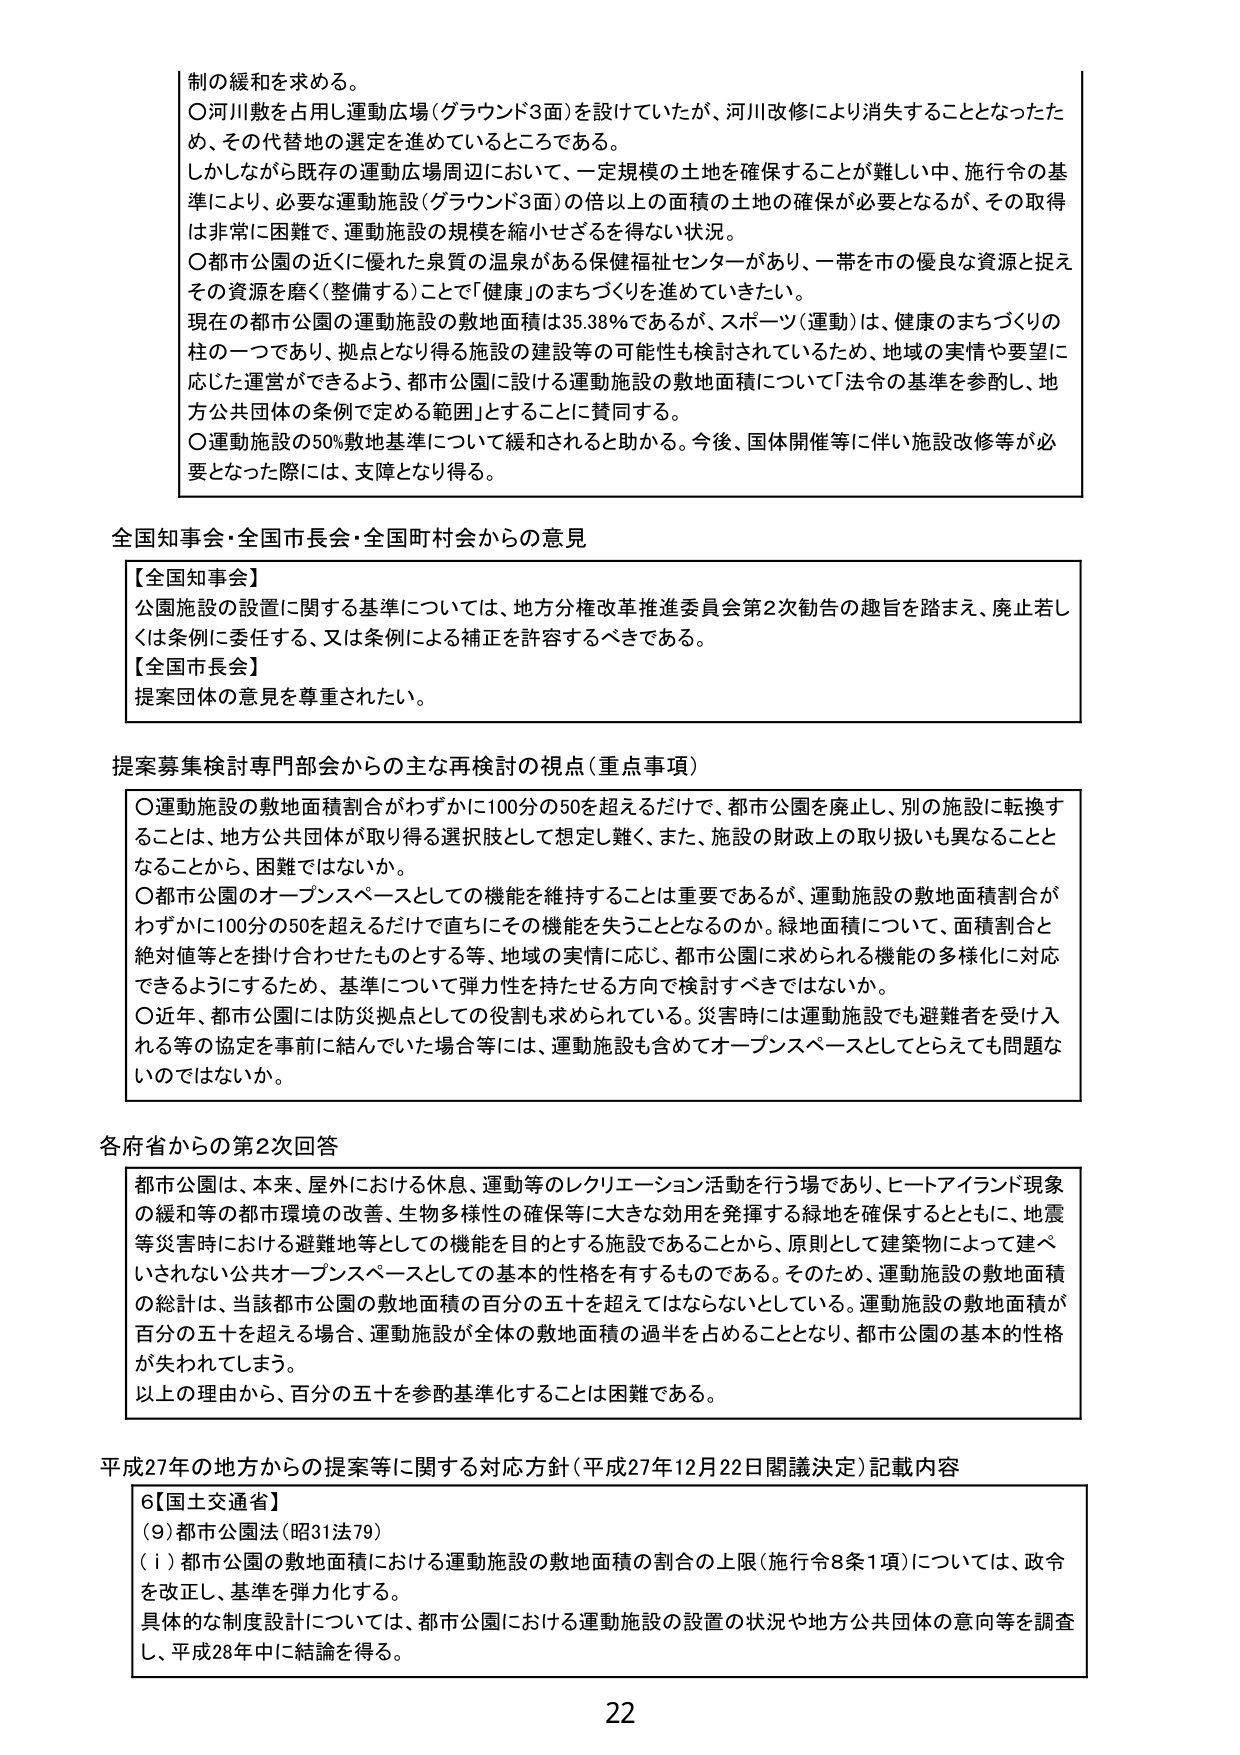
制の緩和を求める。
○河川敷を占用し運動広場（グラウンド3面）を設けていたが、河川改修により消失することとなったため、その代替地の選定を進めているところである。
しかしながら既存の運動広場周辺において、一定規模の土地を確保することが難しい中、施行令の基準により、必要な運動施設（グラウンド3面）の倍以上の面積の土地の確保が必要となるが、その取得は非常に困難で、運動施設の規模を縮小せざるを得ない状況。
○都市公園の近くに優れた泉質の温泉がある保健福祉センターがあり、一帯を市の優良な資源と捉えその資源を磨く（整備する）ことで「健康」のまちづくりを進めていきたい。
現在の都市公園の運動施設の敷地面積は35.38％であるが、スポーツ（運動）は、健康のまちづくりの柱の一つであり、拠点となり得る施設の建設等の可能性も検討されているため、地域の実情や要望に応じた運営ができるよう、都市公園に設ける運動施設の敷地面積について「法令の基準を参酌し、地方公共団体の条例で定める範囲」とすることに賛同する。
○運動施設の50％敷地基準について緩和されると助かる。今後、国体開催等に伴い施設改修等が必要となった際には、支障となり得る。

全国知事会・全国市長会・全国町村会からの意見
【全国知事会】
公園施設の設置に関する基準については、地方分権改革推進委員会第2次勧告の趣旨を踏まえ、廃止若しくは条例に委任する、又は条例による補正を許容するべきである。
【全国市長会】
提案団体の意見を尊重されたい。

提案募集検討専門部会からの主な再検討の視点（重点事項）
○運動施設の敷地面積割合がわずかに100分の50を超えるだけで、都市公園を廃止し、別の施設に転換することは、地方公共団体が取り得る選択肢として想定し難く、また、施設の財政上の取り扱いも異なることとなることから、困難ではないか。
○都市公園のオープンスペースとしての機能を維持することは重要であるが、運動施設の敷地面積割合がわずかに100分の50を超えるだけですぐにその機能を失うこととなるのか。緑地面積について、面積割合と絶対値等とを掛け合わせたものとする等、地域の実情に応じ、都市公園に求められる機能の多様化に対応できるようにするため、基準について弾力性を持たせる方向で検討すべきではないか。
○近年、都市公園には防災拠点としての役割も求められている。災害時には運動施設でも避難者を受け入れる等の協定を事前に結んでいた場合等には、運動施設も含めてオープンスペースとしてとらえても問題ないのではないか。

各府省からの第2次回答
都市公園は、本来、屋外における休息、運動等のレクリエーション活動を行う場であり、ヒートアイランド現象の緩和等の都市環境の改善、生物多様性の確保等に大きな効用を発揮する緑地を確保するとともに、地震等災害時における避難地等としての機能を目的とする施設であることから、原則として建築物によって建ぺいされない公共オープンスペースとしての基本的性格を有するものである。そのため、運動施設の敷地面積の総計、当該都市公園の敷地面積の百分の五十を超えてはならないとしている。運動施設の敷地面積が百分の五十を超える場合、運動施設が全体の敷地面積の過半を占めることとなり、都市公園の基本的性格が失われてしまう。
以上の理由から、百分の五十を参酌基準化することは困難である。

平成27年の地方からの提案等に関する対応方針（平成27年12月22日閣議決定）記載内容
6【国土交通省】
（9）都市公園法（昭31法79）
（ⅰ）都市公園の敷地面積における運動施設の敷地面積の割合の上限（施行令8条1項）については、政令を改正し、基準を弾力化する。
具体的な制度設計については、都市公園における運動施設の設置の状況や地方公共団体の意向等を調査し、平成28年中に結論を得る。

22